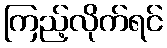
ကြည့်လိုက်ရင်